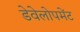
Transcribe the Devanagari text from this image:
डेवेलोपमेंट